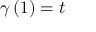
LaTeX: \gamma \left( 1 \right) = t